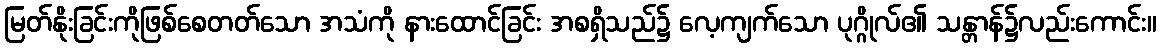
မြတ်နိုးခြင်းကိုဖြစ်စေတတ်သော အသံကို နားထောင်ခြင်း အစရှိသည်၌ လေ့ကျက်သော ပုဂ္ဂိုလ်၏ သန္တာန်၌လည်းကောင်း။